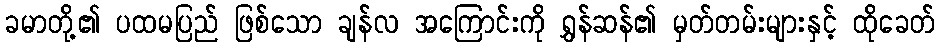
ခမာတို့၏ ပထမပြည် ဖြစ်သော ချန်လ အကြောင်းကို ရွှန်ဆန်၏ မှတ်တမ်းများနှင့် ထိုခေတ်